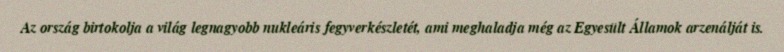
Az ország birtokolja a világ legnagyobb nukleáris fegyverkészletét, ami meghaladja még az Egyesült Államok arzenálját is.